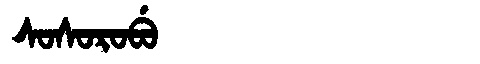
Manchu: ᠰᠣᠰᠣᡵᠣᠪᡠ
Romanization: SOSOROBU